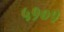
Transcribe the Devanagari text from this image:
५१०१